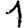
Digit: 1